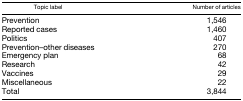
<table><thead><tr><td><b>Topic label</b></td><td><b>Number of articles</b></td></tr></thead><tbody><tr><td>Prevention</td><td>1,546</td></tr><tr><td>Reported cases</td><td>1,460</td></tr><tr><td>Politics</td><td>407</td></tr><tr><td>Prevention–other diseases</td><td>270</td></tr><tr><td>Emergency plan</td><td>68</td></tr><tr><td>Research</td><td>42</td></tr><tr><td>Vaccines</td><td>29</td></tr><tr><td>Miscellaneous</td><td>22</td></tr><tr><td>Total</td><td>3,844</td></tr></tbody></table>